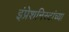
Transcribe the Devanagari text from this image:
इंप्रेशनिस्टांच्या